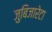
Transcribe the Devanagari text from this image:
जुबिजारेटा